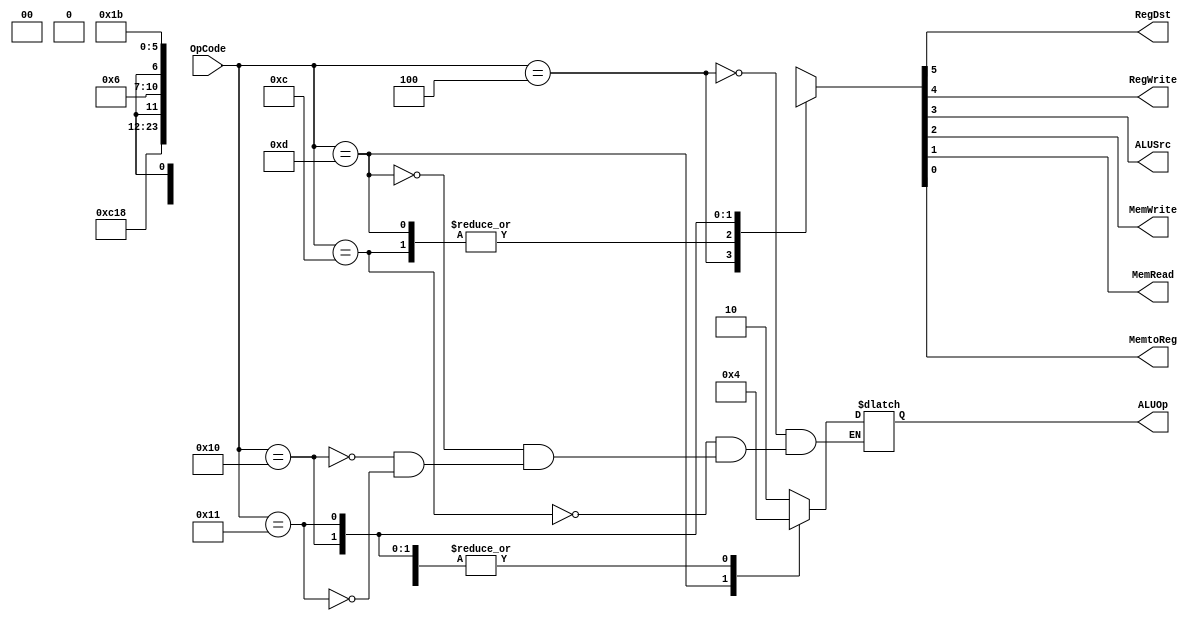
module Control(
	//outputs 
output reg RegDst,
output reg RegWrite,
output reg ALUSrc,
output reg MemWrite,
output reg MemRead,
output reg MemtoReg,
output reg [1:0]ALUOp,
	//inputs
input [5:0]OpCode
);

always@(*)begin

	case(OpCode)
	6'b000100:begin ALUOp<=2'b10; {RegDst,RegWrite,ALUSrc,MemWrite,MemRead,MemtoReg}=6'b110_000;end //R-format
	6'b001100:begin ALUOp<=2'b00; {RegDst,RegWrite,ALUSrc,MemWrite,MemRead,MemtoReg}=6'b011_000;end //addiu
	6'b001101:begin ALUOp<=2'b01; {RegDst,RegWrite,ALUSrc,MemWrite,MemRead,MemtoReg}=6'b011_000;end //subiu
	6'b010000:begin ALUOp<=2'b00; {RegDst,RegWrite,ALUSrc,MemWrite,MemRead,MemtoReg}=6'bx01_10x;end //sw
	6'b010001:begin ALUOp<=2'b00; {RegDst,RegWrite,ALUSrc,MemWrite,MemRead,MemtoReg}=6'b011_011;end //lw
	default:begin {RegDst,RegWrite,ALUSrc,MemWrite,MemRead,MemtoReg}=6'bx0x_00x;end
	endcase

end
endmodule